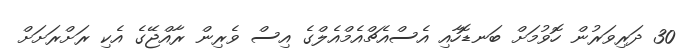
30 ދަރިވަރުން ހޮވުމަށް ބަނޑޮހާއި އެސްއެޗްއެމްއެލްގެ އިސް ވެރިން ރާއްޖޭގެ އެކި ރަށްރަށަށް